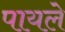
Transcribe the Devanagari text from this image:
पायले